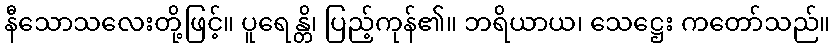
နီသောသလေးတို့ဖြင့်။ ပူရေန္တိ၊ ပြည့်ကုန်၏။ ဘရိယာယ၊ သေဋ္ဌေး ကတော်သည်။